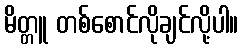
မိတ္တူ တစ်စောင်လိုချင်လို့ပါ။